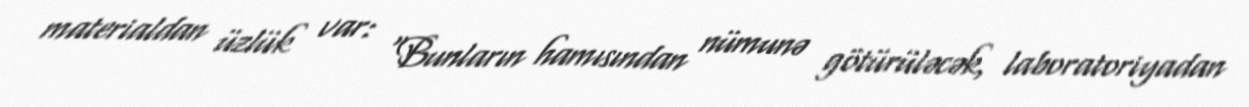
materialdan üzlük var: "Bunların hamısından nümunə götürüləcək, laboratoriyadan